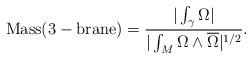
LaTeX: \begin{align*}{\rm Mass(3-brane)} = { {|\int_{\gamma} \Omega|} \over { |\int_{M} \Omega \wedge\overline \Omega|^{1/2}} }.\end{align*}